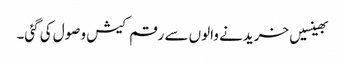
بھینسیں خریدنے والوں سے رقم کیش وصول کی گئی۔